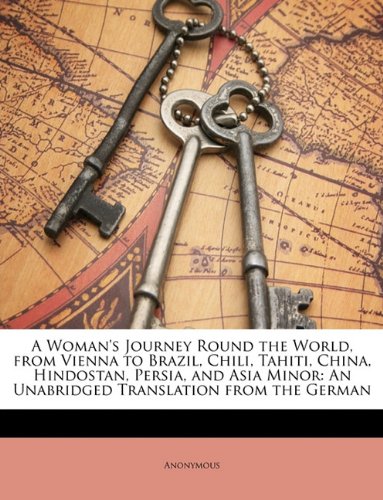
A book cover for A Woman's Journey Round the World, from Vienna to Brazil, Chili, Tahiti, China, Hindostan, Persia, and Asia Minor: An Unabridged Translation from the German; Anonymous; Travel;